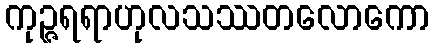
ကုဉ္ဇရရာဟုလသဿတလောကော